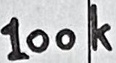
Text: 100k